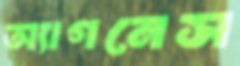
অ্যাগনেস